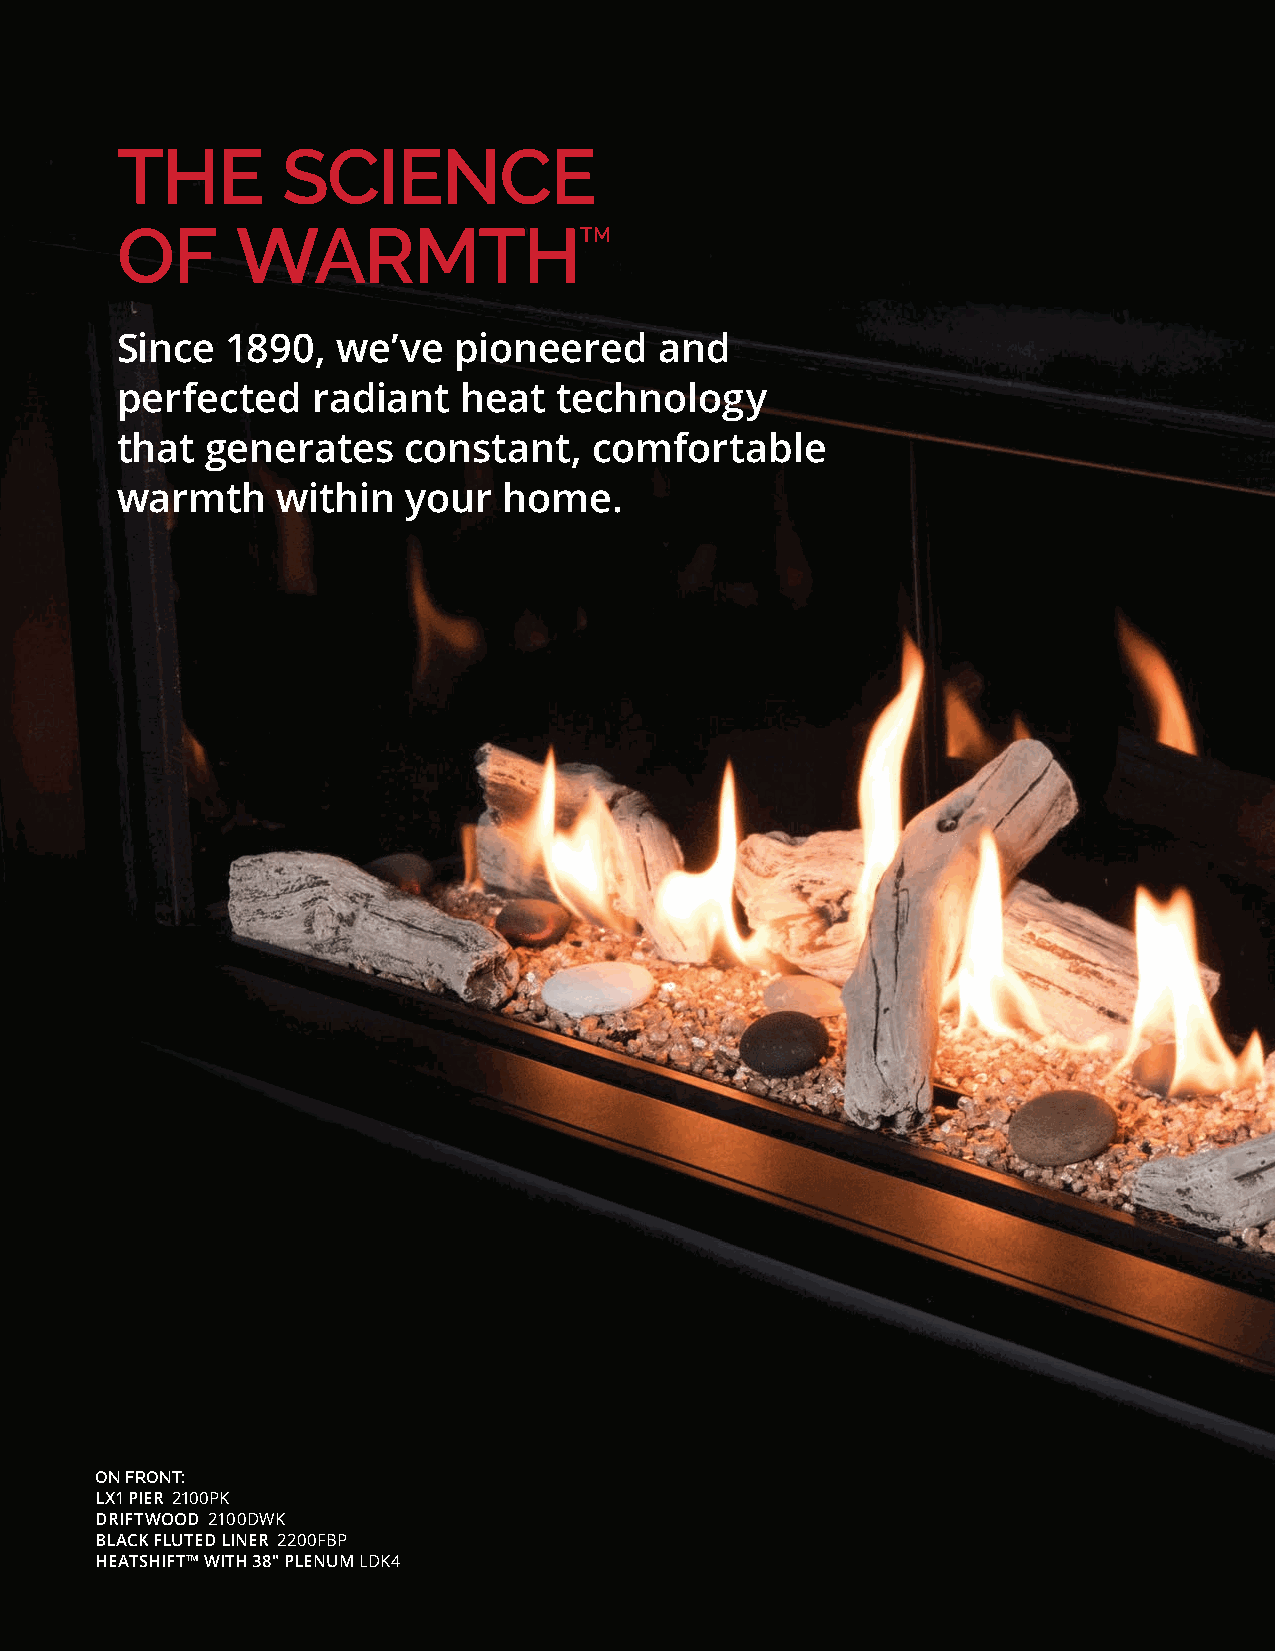
THE        SCIENCE
 OF      WARMTHTM
 Since  1890,  we’ve   pioneered     and
 perfected    radiant   heat  technology
 that  generates    constant,   comfortable
 warmth    within   your  home.
 ON FRONT:
 LX1 PIER 2100PK
 DRIFTWOOD 2100DWK
 BLACK FLUTED LINER 2200FBP
 HEATSHIFT™ WITH 38" PLENUM LDK4